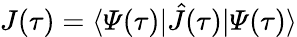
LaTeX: J(\tau)=\langle\varPsi(\tau)\vert\hat{J}(\tau)\vert\varPsi(\tau)\rangle